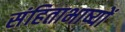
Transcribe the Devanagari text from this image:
संहिताभाष्यों